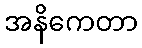
အနိကေတာ